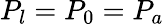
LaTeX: P_{l}=P_{0}=P_{a}